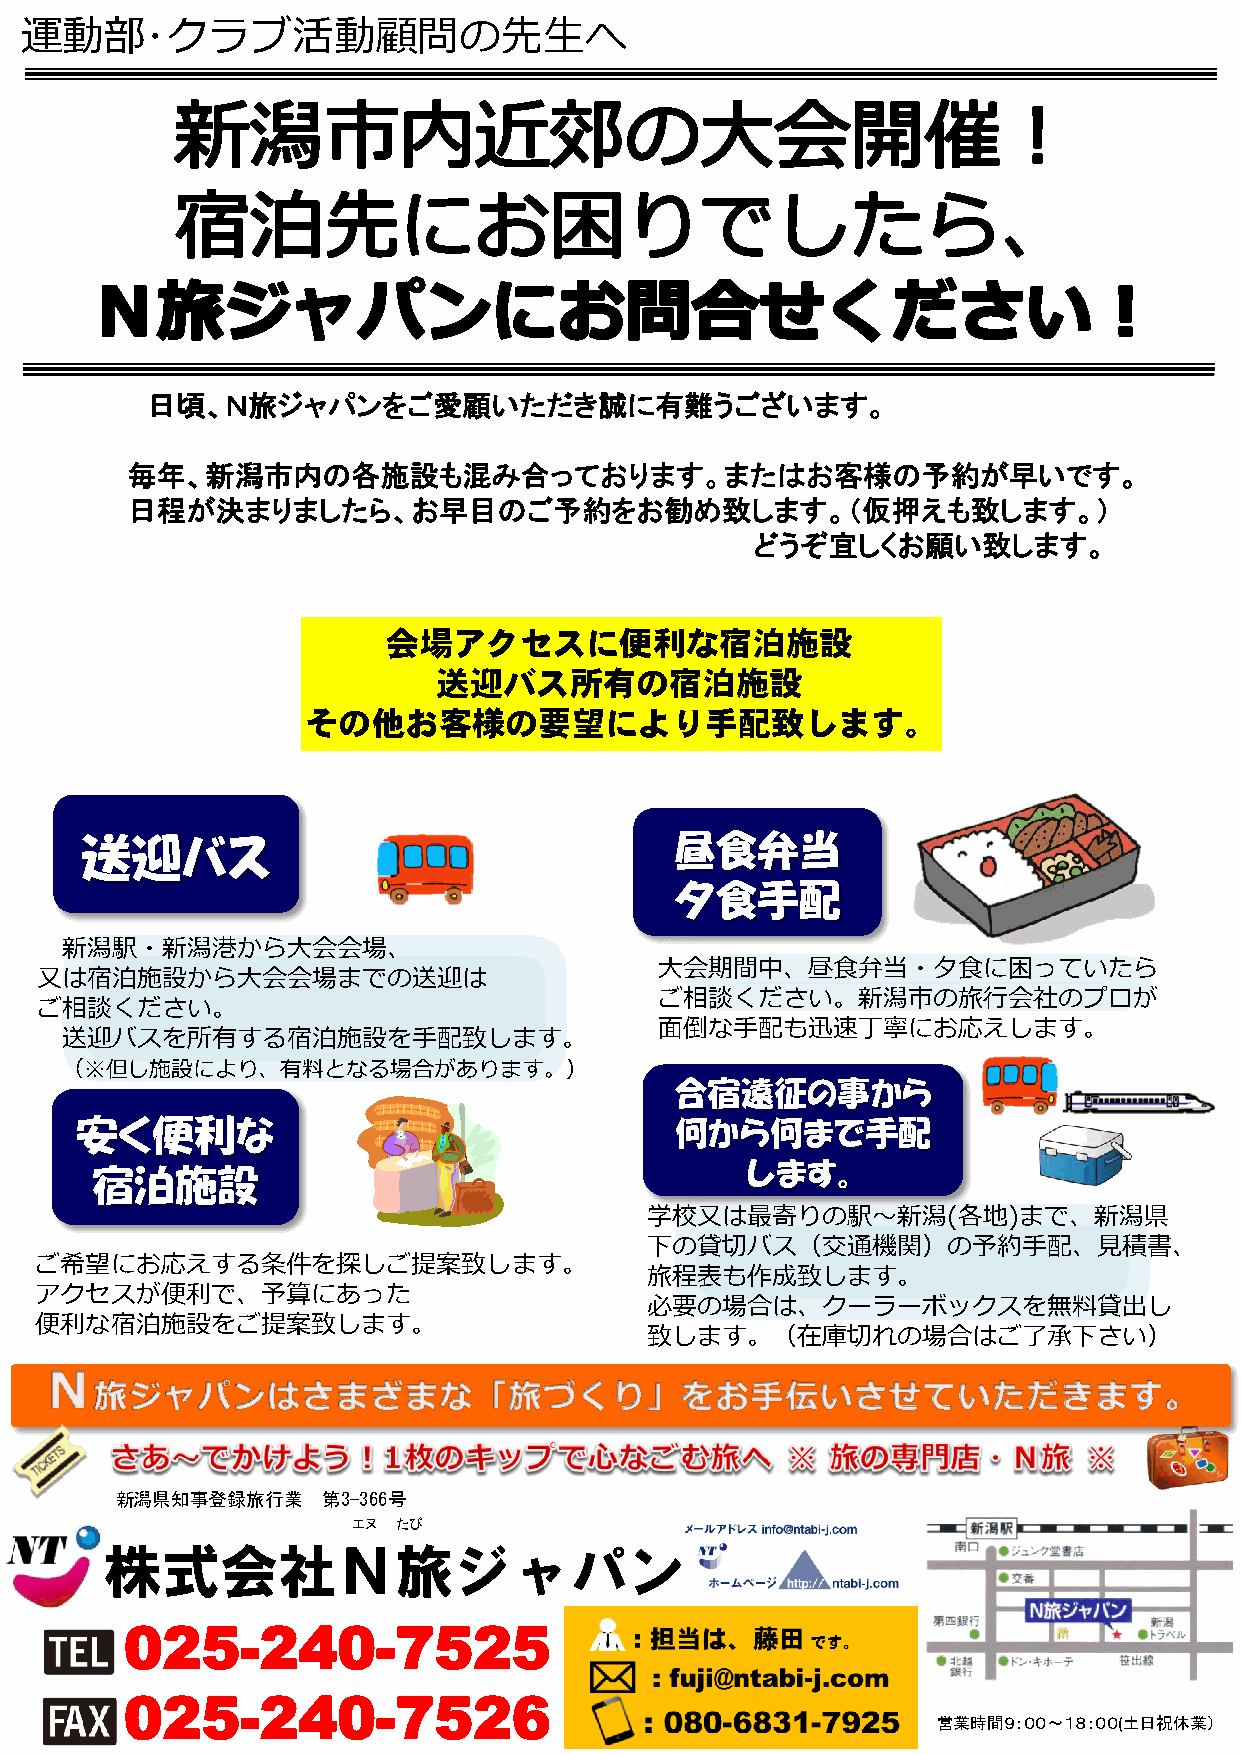
運動部･クラブ活動顧問の先生へ
 日頃、Ｎ旅ジャパンをご愛顧いただき誠に有難うございます。
 毎年、新潟市内の各施設も混み合っております。またはお客様の予約が早いです。
 日程が決まりましたら、お早目のご予約をお勧め致します。（仮押えも致します。）
 どうぞ宜しくお願い致します。
 会場アクセスに便利な宿泊施設
 送迎バス所有の宿泊施設
 その他お客様の要望により手配致します。
 送迎バス                                    昼食弁当
 夕食手配
 新潟駅・新潟港から大会会場、
 大会期間中、昼食弁当・夕食に困っていたら
 又は宿泊施設から大会会場までの送迎は
 ご相談ください。新潟市の旅行会社のプロが
 ご相談ください。
 面倒な手配も迅速丁寧にお応えします。
 送迎バスを所有する宿泊施設を手配致します。
 （※但し施設により、有料となる場合があります。）
 合宿遠征の事から
 安く便利な                                   何から何まで手配
 します。
 宿泊施設
 学校又は最寄りの駅～新潟(各地)まで、新潟県
 下の貸切バス（交通機関）の予約手配、見積書、
 ご希望にお応えする条件を探しご提案致します。
 旅程表も作成致します。
 アクセスが便利で、予算にあった
 必要の場合は、クーラーボックスを無料貸出し
 便利な宿泊施設をご提案致します。
 致します。（在庫切れの場合はご了承下さい）
 新潟県知事登録旅行業   第3-366号
 エヌ たび
 株式会社Ｎ旅ジャパン
 025-240-7525
 025-240-7526
 営業時間９：００～１８：００(土日祝休業）